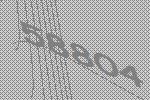
58804